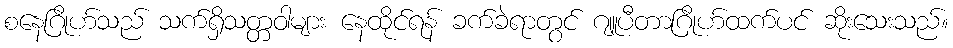
စနေဂြိုဟ်သည် သက်ရှိသတ္တဝါများ နေထိုင်ရန် ခက်ခဲရာတွင် ဂျူပီတာဂြိုဟ်ထက်ပင် ဆိုးသေးသည်။